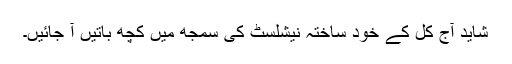
شاید آج کل کے خود ساختہ نیشلسٹ کی سمجھ میں کچھ باتیں آ جائیں۔